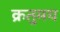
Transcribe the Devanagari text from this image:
क्रतुमय